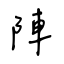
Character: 陣